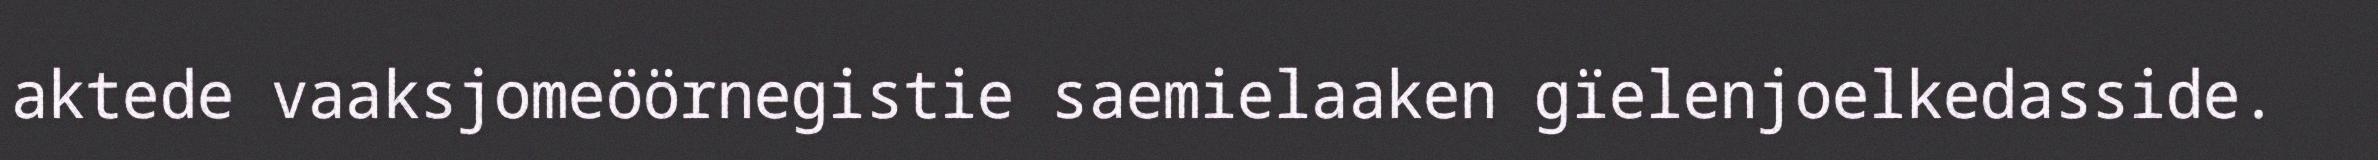
aktede vaaksjomeöörnegistie saemielaaken gïelenjoelkedasside.